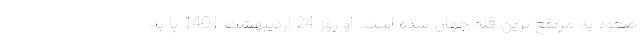
صعود به مرتفع ترین قله جهان شده است. او روز 24 اردیبهشت 1401 پا به